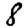
Digit: 8